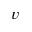
v